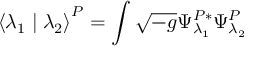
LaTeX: \left< \lambda _ { 1 } \mid \lambda _ { 2 } \right> ^ { P } = \int \sqrt { - g } \Psi _ { \lambda _ { 1 } } ^ { P * } \Psi _ { \lambda _ { 2 } } ^ { P }